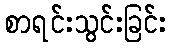
စာရင်းသွင်းခြင်း